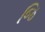
જિ